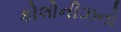
કોલોનીઝનો